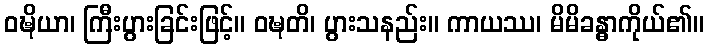
ဝဍ္ဎိယာ၊ ကြီးပွားခြင်းဖြင့်။ ဝဍ္ဎတိ၊ ပွားသနည်း။ ကာယဿ၊ မိမိခန္ဓာကိုယ်၏။